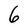
Character: 6